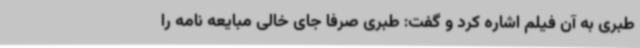
طبری به آن فیلم اشاره کرد و گفت: طبری صرفا جای خالی مبایعه نامه را